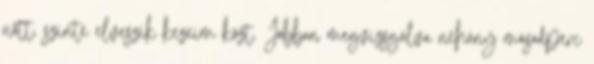
nőtt, szinte elveszik kezeim közt. Jobban megvizsgálva néhány másodperc